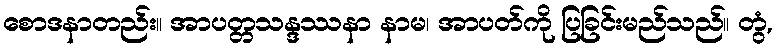
စောဒနာတည်း။ အာပတ္တသန္ဒဿနာ နာမ၊ အာပတ်ကို ပြခြင်းမည်သည်။ တွံ,